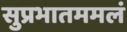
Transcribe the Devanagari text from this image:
सुप्रभातममलं